Annual report of the Civil Veterinary Department, Bengal, for the year 1897-98 - 1897-1898
Year: 1897
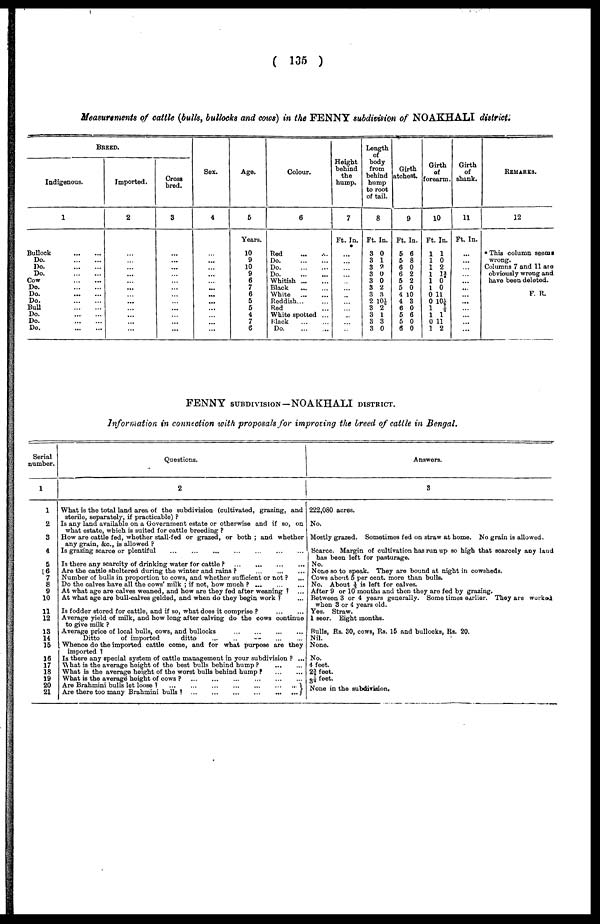
( 135 )
Measurements of cattle (bulls, bullocks and cows) in the FENNY subdivision of NOAKHALI district.
BREED.
Indigenous.
1
Bullock
...
...
Do.
...
...
Do.
...
...
Do.
...
...
Cow
...
...
Do.
...
...
Do.
...
...
Do.
...
...
Bull
...
...
Do. ... ...
Do.
...
...
Do.
...
...
Imported.
2
...
...
...
...
...
...
...
...
...
...
...
...
Cross
bred.
3
...
...
...
...
...
...
...
...
...
...
...
...
Sex.
4
...
...
...
...
...
...
...
...
...
...
... ...
Age.
5
Years.
10
9
10
9
6
7
6
5
5
4
7
6
Colour.
6
Red ... ...
Do.
......
Do.
...
...
Do.
...
...
Whitish
...
...
Black
...
...
White
...
...
Reddish ... ...
Red ...
White spotted ...
Black
...
...
Do. ... ...
Height
behind
the
hump.
7
Ft. In.
...
...
...
...
...
...
...
...
...
...
...
...
Length
of
body
from
behind
hump
to root
of tail.
8
Ft. In.
3 0
3 1
3 2
3 0
3 0
3 2
3 3
2 10½
3 2
3 1
3 3
3 0
Girth
atchest.
9
Ft. In.
5 6
5 8
6 0
6 2
5 2
5 0
4 10
4 3
6 0
5 6
5 0
6 0
Girth
of
forearm.
10
Ft. In.
1 1
1 0
1 2
1 1¾
1 0
1 0
0 11
0 10½
1 ½
1 1
0 11
1 2
Girth
of
shank.
11
Ft. In.
...
...
...
...
...
...
...
...
...
...
...
...
REMARKS.
12
* This column seema
wrong.
Columns 7 and 11 are
obviously wrong and
have been deleted.
F. R.
FENNY SUBDIVISION—NOAKHALI DISTRICT.
Information in connection with proposals for improving the breed of cattle in Bengal.
Serial
number.
1
1
2
3
4
5
6
7
8
9
10
11
12
13
14
15
16
17
18
19
20
21
Questions.
2
What is the total land area of the subdivision (cultivated, grazing, and
sterile, separately, if practicable) ?
Is any land available on a Government estate or otherwise and if so, on
what estate, which is suited for cattle breeding ?
How are cattle fed, whether stall-fed or grazed, or both ; and whether
any grain, &c, is allowed ?
Is grazing scarce or plentiful
...
...
...
...
...
...
...
Is there any scarcity of drinking water for cattle ?
...
...
...
...
Are the cattle sheltered during the winter and rains ?
...
...
...
Number of bulls in proportion to cows, and whether sufficient or not ? ...
Do the calves have all the cows' milk ; if not, how much ?
...
...
...
At what age are calves weaned, and how are they fed after weaning ? ...
At what age are bull-calves gelded, and when do they begin work ? ...
Is fodder stored for cattle, and if so, what does it comprise ? ... ...
Average yield of milk, and how long after calving do the cows continue
to give milk ?
Average price of local bulls, cows, and bullocks ... ... ... ...
Ditto
of imported
ditto ... ... ... ... ... ...
Whence do the imported cattle come, and for what purpose are they
imported ?
Is there any special system of cattle management in your subdivision ? ...
What is the average height of the best bulls behind hump ? ... ...
What is the average height of the worst bulls behind hump ? ... ...
What is the average height of cows ?
...
...
...
...
...
...
...
Are Brahmini bulls let loose ?
...
...
...
...
...
...
...
Are there too many Brahmini bulls?
...
...
...
...
...
...
...
Answers.
3
222,080 acres.
No.
Mostly grazed. Sometimes fed on 3traw at home. No grain is allowed.
Scarce. Margin of cultivation has run up so high that scarcely any land
has been left for pasturage.
No.
None so to speak. They are bound at night in cowsheds.
Cows about 5 per cent. more than bulls.
No. About ½ is left for calves.
After 9 or 10 months and then they are fed by grazing.
Between 3 or 4 years generally. Some times earlier. They are worked
when 3 or 4 years old.
Yes. Straw.
1 seer. Bight months.
Bulls, Rs. 30, cows, Rs. 15 and bullocks, Rs. 20,
Nil.
None.
No.
4 feet.
2¾ feet.
3½ feet.
None in the subdivision.